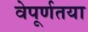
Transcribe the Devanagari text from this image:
वेपूर्णतया